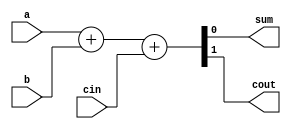
module my_fulladder(
    input a,
    input b,
    input cin,
    
    output sum,
    output cout
    );
    
    assign {cout, sum} = a + b + cin;
    
endmodule